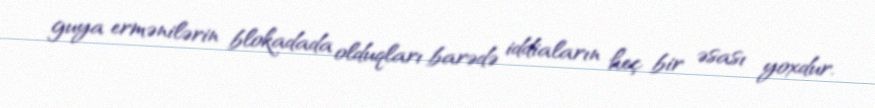
guya ermənilərin blokadada olduqları barədə iddiaların heç bir əsası yoxdur.